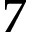
7